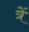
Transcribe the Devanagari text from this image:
त्रें